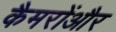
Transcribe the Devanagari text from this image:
कैमरोंऔर